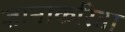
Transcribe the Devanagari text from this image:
ज्ञानाकरिता